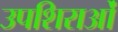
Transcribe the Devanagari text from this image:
उपशिराओं